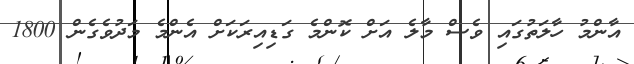
އާންމު ހާލަތުގައި ވެސް މާލެ އަށް ކޮންމެ ގަޑިއިރަކަށް އެންމެ މަދުވެގެން 1800